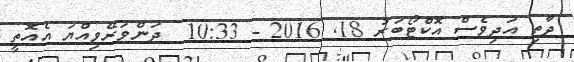
ދާތި އަދިވެސް އޮކްޓޯބަރު 18